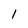
Character: 1